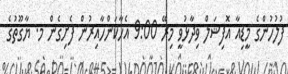
ފުލުހުންގެ މީޑިއާ އޮފިޝަލް ވިދާޅުވީ މިރޭ 9:00 އެހާކަންހާއިރުން ފެށިގެން މ. ޔާގޫތުގެ